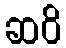
ဆဝိ